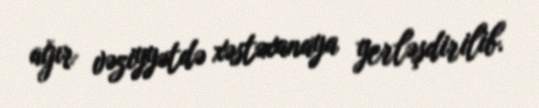
ağır vəziyyətdə xəstəxanaya yerləşdirilib.